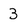
Character: 3